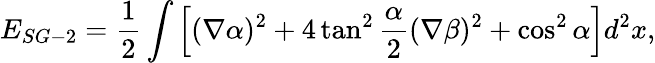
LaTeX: E_{SG-2}=\frac 12\int\left[(\nabla\alpha)^{2}+4\tan^{2}\frac{\alpha}{2}(\nabla\beta)^{2}+\cos^{2}\alpha\right]d^{2}x,